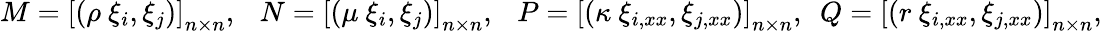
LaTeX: \begin{array}{r}{M=\left[(\rho\ \xi_{i},\xi_{j})\right]_{n\times n},\ \ \ N=\left[(\mu\ \xi_{i},\xi_{j})\right]_{n\times n},\ \ \ P=\left[(\kappa\ \xi_{i,xx},\xi_{j,xx})\right]_{n\times n},\ \ Q=\left[(r\ \xi_{i,xx},\xi_{j,xx})\right]_{n\times n},}\end{array}